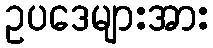
ဥပဒေများအား